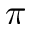
\pi